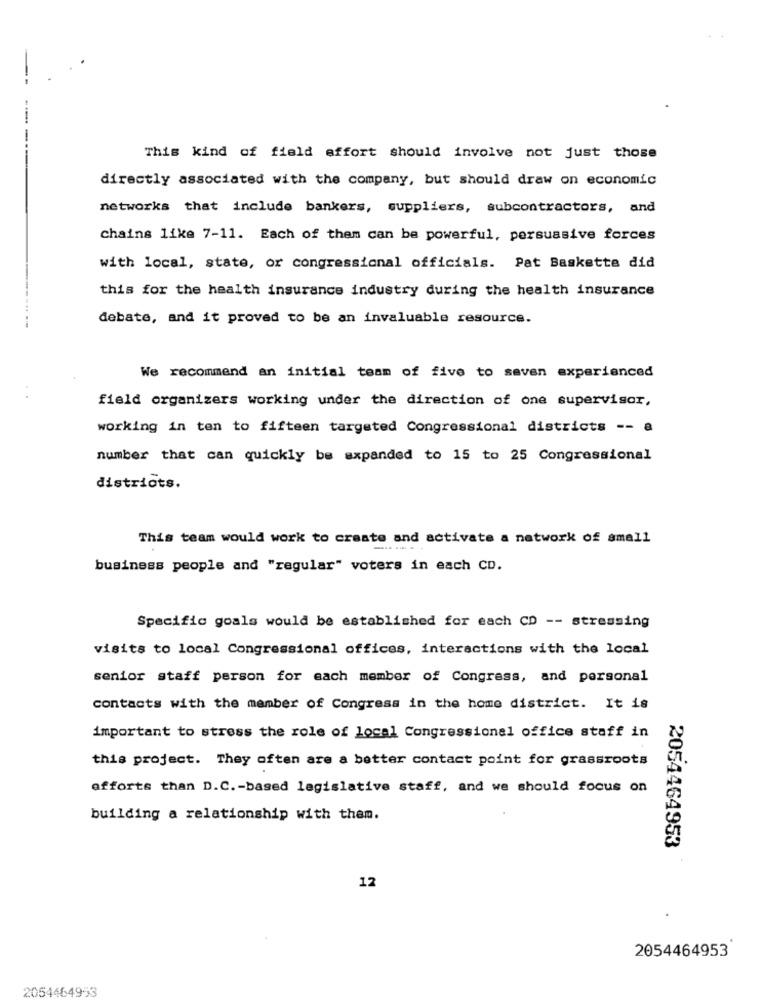
--- -
This kind of field effort should involve not just those
directly associated with the company, but should draw on economic
networks that include bankers, suppliers, subcontractors, and
chains like 7-11. Each of them can be powerful, persuasive forces
with local, state, or congressional officials. Pat Baskette did
this for the health insurance industry during the health insurance
debate, and it proved to be an invaluable resource.
We recommend an initial team of five to seven experienced
field organizers working under the direction of one supervisor,
working in ten to fifteen targeted Congressional districts -- a
number that can quickly be expanded to 15 to 25 Congressional
districts.
This team would work to create and activate a network of small
business people and "regular" voters in each CD.
Specific goals would be established for each CD -- stressing
visits to local Congressional offices, interactions with the local
senior staff person for each member of Congress, and personal
contacts with the member of Congress in the home district. It is
important to stress the role of local Congressional office staff in
this project. They often are a better contact point for grassroots
efforts than D.C .- based legislative staff, and we should focus on
building a relationship with them.
2054464953
12
2054464953
2054464953